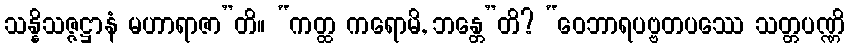
သန္နိသဇ္ဇဋ္ဌာနံ မဟာရာဇာ”တိ။ “ကတ္ထ ကရောမိ, ဘန္တေ”တိ? “ဝေဘာရပဗ္ဗတပဿေ သတ္တပဏ္ဏိ